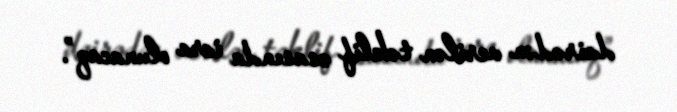
dairədən verilən təklif əsasında icra olunacaq”.